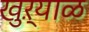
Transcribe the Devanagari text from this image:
खुऱ्याळ